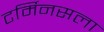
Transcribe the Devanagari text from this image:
टर्मिनसला